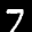
Label: 7